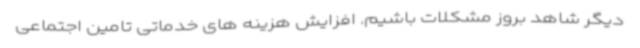
دیگر شاهد بروز مشکلات باشیم. افزایش هزینه های خدماتی تامین اجتماعی